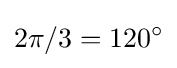
2\pi /3=120^{\circ }